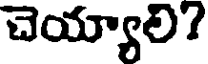
చెయ్యాలి?